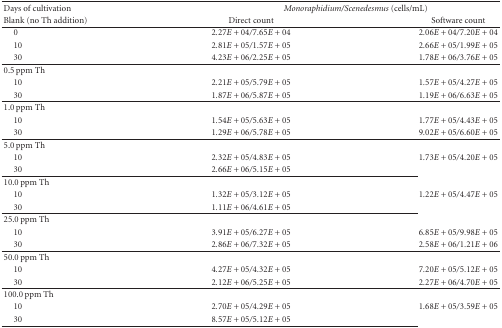
<table><thead><tr><td><b> Days of cultivation</b></td><td colspan="2"><b><i>Monoraphidium/Scenedesmus </i>(cells/mL)</b></td></tr><tr><td><b>Blank (no Th addition)</b></td><td><b>Direct count</b></td><td><b>Software count</b></td></tr></thead><tbody><tr><td> 0</td><td>2.27<i>E</i> + 04/7.65<i>E</i> + 04</td><td>2.06<i>E</i> + 04/7.20<i>E</i> + 04</td></tr><tr><td> 10</td><td>2.81<i>E</i> + 05/1.57<i>E</i> + 05</td><td>2.66<i>E</i> + 05/1.99<i>E</i> + 05</td></tr><tr><td> 30</td><td>4.23<i>E</i> + 06/2.25<i>E</i> + 05</td><td>1.78<i>E</i> + 06/3.76<i>E</i> + 05</td></tr><tr><td>0.5 ppm Th</td><td>[EMPTY_CELL]</td><td>[EMPTY_CELL]</td></tr><tr><td> 10</td><td>2.21<i>E</i> + 05/5.79<i>E</i> + 05</td><td>1.57<i>E</i> + 05/4.27<i>E</i> + 05</td></tr><tr><td> 30</td><td>1.87<i>E</i> + 06/5.87<i>E</i> + 05</td><td>1.19<i>E</i> + 06/6.63<i>E</i> + 05</td></tr><tr><td>1.0 ppm Th</td><td>[EMPTY_CELL]</td><td>[EMPTY_CELL]</td></tr><tr><td> 10</td><td>1.54<i>E</i> + 05/5.63<i>E</i> + 05</td><td>1.77<i>E</i> + 05/4.43<i>E</i> + 05</td></tr><tr><td> 30</td><td>1.29<i>E</i> + 06/5.78<i>E</i> + 05</td><td>9.02<i>E</i> + 05/6.60<i>E</i> + 05</td></tr><tr><td>5.0 ppm Th</td><td>[EMPTY_CELL]</td><td>[EMPTY_CELL]</td></tr><tr><td> 10</td><td>2.32<i>E</i> + 05/4.83<i>E</i> + 05</td><td>1.73<i>E</i> + 05/4.20<i>E</i> + 05</td></tr><tr><td> 30</td><td>2.66<i>E</i> + 06/5.15<i>E</i> + 05</td><td>[EMPTY_CELL]</td></tr><tr><td>10.0 ppm Th</td><td>[EMPTY_CELL]</td><td>[EMPTY_CELL]</td></tr><tr><td> 10</td><td>1.32<i>E</i> + 05/3.12<i>E</i> + 05</td><td>1.22<i>E</i> + 05/4.47<i>E</i> + 05</td></tr><tr><td> 30</td><td>1.11<i>E</i> + 06/4.61<i>E</i> + 05</td><td>[EMPTY_CELL]</td></tr><tr><td>25.0 ppm Th</td><td>[EMPTY_CELL]</td><td>[EMPTY_CELL]</td></tr><tr><td> 10</td><td>3.91<i>E</i> + 05/6.27<i>E</i> + 05</td><td>6.85<i>E</i> + 05/9.98<i>E</i> + 05</td></tr><tr><td> 30</td><td>2.86<i>E</i> + 06/7.32<i>E</i> + 05</td><td>2.58<i>E</i> + 06/1.21<i>E</i> + 06</td></tr><tr><td>50.0 ppm Th</td><td>[EMPTY_CELL]</td><td>[EMPTY_CELL]</td></tr><tr><td> 10</td><td>4.27<i>E</i> + 05/4.32<i>E</i> + 05</td><td>7.20<i>E</i> + 05/5.12<i>E</i> + 05</td></tr><tr><td> 30</td><td>2.12<i>E</i> + 06/5.25<i>E</i> + 05</td><td>2.27<i>E</i> + 06/4.70<i>E</i> + 05</td></tr><tr><td>100.0 ppm Th</td><td>[EMPTY_CELL]</td><td>[EMPTY_CELL]</td></tr><tr><td> 10</td><td>2.70<i>E</i> + 05/4.29<i>E</i> + 05</td><td>1.68<i>E</i> + 05/3.59<i>E</i> + 05</td></tr><tr><td> 30</td><td>8.57<i>E</i> + 05/5.12<i>E</i> + 05</td><td>[EMPTY_CELL]</td></tr></tbody></table>